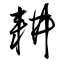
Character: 耕